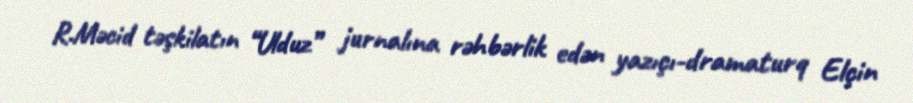
R.Məcid təşkilatın “Ulduz” jurnalına rəhbərlik edən yazıçı-dramaturq Elçin